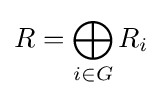
R=\bigoplus _{i\in G}R_{i}